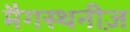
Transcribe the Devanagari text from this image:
मैगस्थनीज़